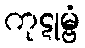
ကုဋုမ္ဗံ